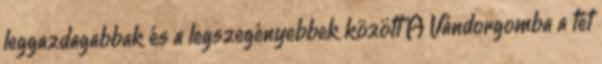
leggazdagabbak és a legszegényebbek között A Vándorgomba a tét